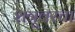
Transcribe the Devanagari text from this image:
शत्रूवरचा